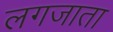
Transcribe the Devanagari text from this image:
लगजाता